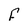
Character: F